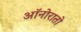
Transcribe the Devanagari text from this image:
ऑनोरातो